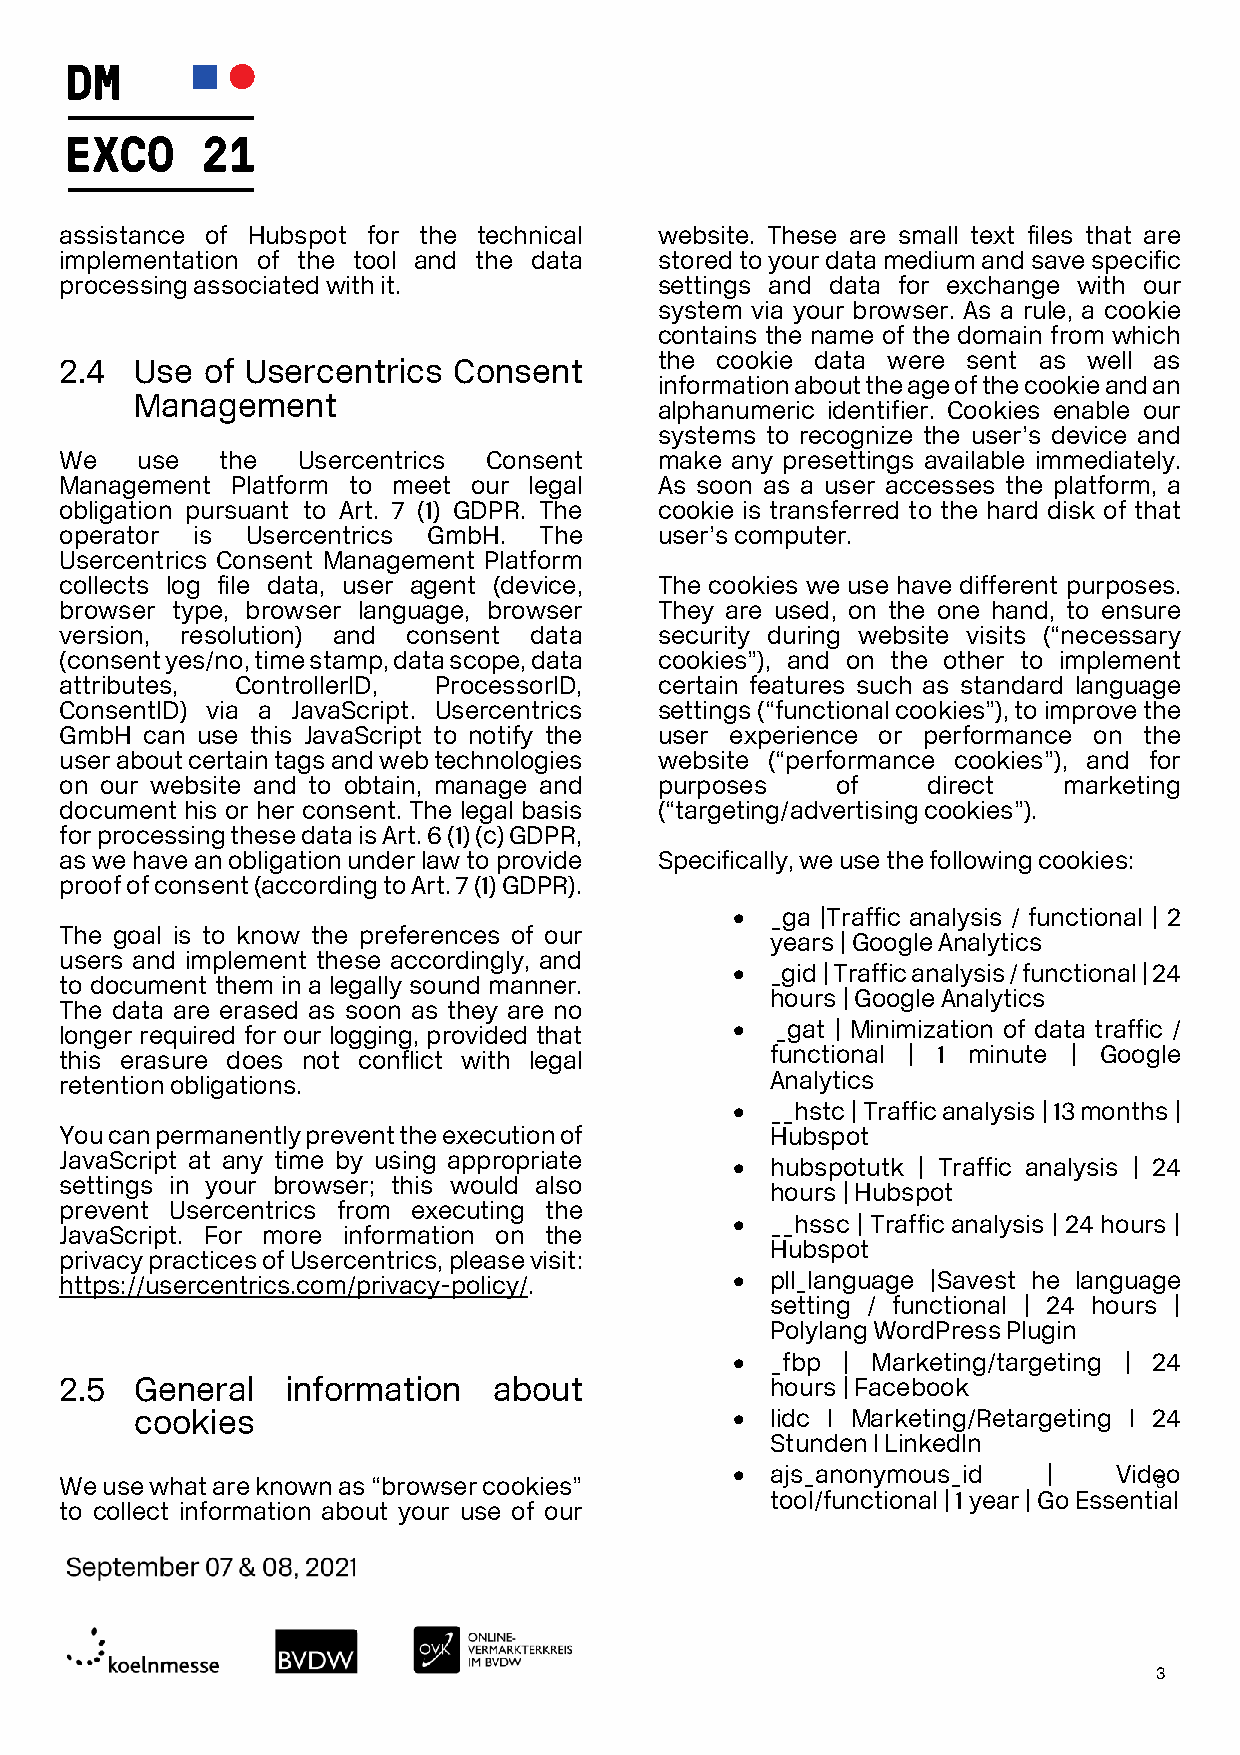
assistance of Hubspot for the technical website. These are small text files that are
 implementation of the tool and the data stored to your data medium and save specific
 processing associated with it.          settings and data for exchange with our
 system via your browser. As a rule, a cookie
 contains the name of the domain from which
 the cookie data were sent as well as
 2.4  Use of Usercentrics  Consent
 information about the age of the cookie and an
 Management
 alphanumeric identifier. Cookies enable our
 systems to recognize the user’s device and
 We   use   the  Usercentrics Consent    make any presettings available immediately.
 Management Platform to meet our legal   As soon as a user accesses the platform, a
 obligation pursuant to Art. 7 (1) GDPR. The cookie is transferred to the hard disk of that
 operator is Usercentrics GmbH.  The     user’s computer.
 Usercentrics Consent Management Platform
 collects log file data, user agent (device, The cookies we use have different purposes.
 browser type, browser language, browser They are used, on the one hand, to ensure
 version, resolution) and consent data   security during website visits (“necessary
 (consent yes/no, time stamp, data scope, data cookies”), and on the other to implement
 attributes, ControllerID, ProcessorID,  certain features such as standard language
 ConsentID) via a JavaScript. Usercentrics settings (“functional cookies”), to improve the
 GmbH can use this JavaScript to notify the user experience or performance on the
 user about certain tags and web technologies website (“performance cookies”), and for
 on our website and to obtain, manage and purposes  of    direct   marketing
 document his or her consent. The legal basis (“targeting/advertising cookies”).
 for processing these data is Art. 6 (1) (c) GDPR,
 as we have an obligation under law to provide Specifically, we use the following cookies:
 proof of consent (according to Art. 7 (1) GDPR).
 •  _ga |Traffic analysis / functional | 2
 The goal is to know the preferences of our
 years | Google Analytics
 users and implement these accordingly, and
 •  _gid | Traffic analysis / functional | 24
 to document them in a legally sound manner.
 hours | Google Analytics
 The data are erased as soon as they are no
 longer required for our logging, provided that • _gat | Minimization of data traffic /
 this erasure does not conflict with legal      functional | 1 minute | Google
 retention obligations.                         Analytics
 •  __hstc | Traffic analysis | 13 months |
 You can permanently prevent the execution of   Hubspot
 JavaScript at any time by using appropriate •  hubspotutk | Traffic analysis | 24
 settings in your browser; this would also
 hours | Hubspot
 prevent Usercentrics from executing the
 •  __hssc | Traffic analysis | 24 hours |
 JavaScript. For more information on the
 Hubspot
 privacy practices of Usercentrics, please visit:
 https://usercentrics.com/privacy-policy/.   •  pll_language |Savest he language
 setting / functional | 24 hours |
 Polylang WordPress Plugin
 •  _fbp | Marketing/targeting | 24
 2.5  General   information   about             hours | Facebook
 cookies                                •  lidc I Marketing/Retargeting I 24
 Stunden I LinkedIn
 •  ajs_anonymous_id  |    Video
 We use what are known as “browser cookies”                               3
 tool/functional | 1 year | Go Essential
 to collect information about your use of our
 3